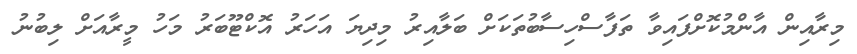
މިރާއިން އާންމުކޮށްފައިވާ ތަފާސްހިސާބުތަކަށް ބަލާއިރު މިދިޔަ އަހަރު އޮކްޓޫބަރު މަހު މީރާއަށް ލިބުނު